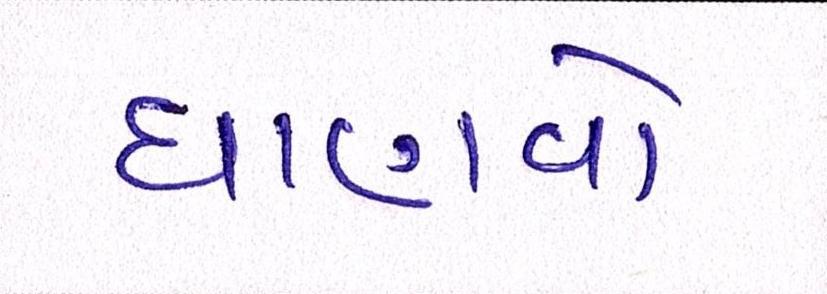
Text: ઘાણવો